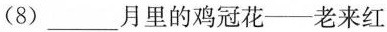
(8) ___月里的鸡冠花——老来